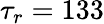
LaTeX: \tau_{r}=133